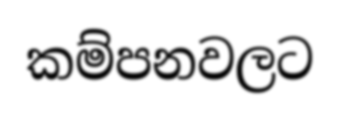
කම්පනවලට